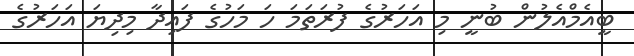
ބީއެމްއެލުން ބުނީ މި އަހަރުގެ ފުރަތަމަ ހަ މަހުގެ ފައިދާ މިދިޔަ އަހަރުގެ